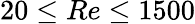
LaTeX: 20\leq Re\leq 1500